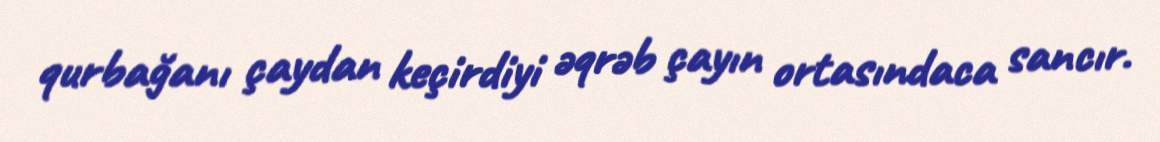
qurbağanı çaydan keçirdiyi əqrəb çayın ortasındaca sancır.